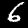
Digit: 6